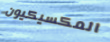
المكسيكيون